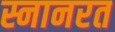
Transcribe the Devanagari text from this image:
स्नानरत